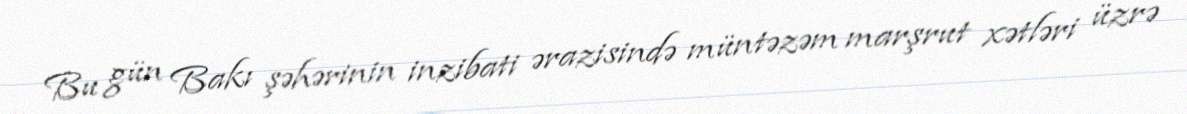
Bu gün Bakı şəhərinin inzibati ərazisində müntəzəm marşrut xətləri üzrə